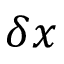
\delta x